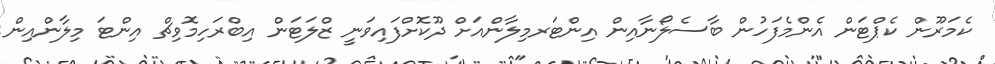
ކެމަރޫން ކެޕްޓަން އެންމެފަހުން ބާސެލޯނާއިން އިންޓަރމިލާންއަށް ދޫކޮށްފައިވަނީ ޒްލަޓަން އިބްރަހިމޮވިޗް އިންޓަ މިލާންއިން